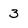
Character: 3